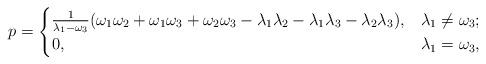
LaTeX: \begin{align*} p = \begin{cases} \frac{1}{\lambda_1-\omega_3} (\omega_1 \omega_2+\omega_1 \omega_3+\omega_2 \omega_3 - \lambda_1 \lambda_2-\lambda_1 \lambda_3-\lambda_2 \lambda_3), & \lambda_1 \ne \omega_3; \\ 0, & \lambda_1 = \omega_3, \end{cases} \end{align*}